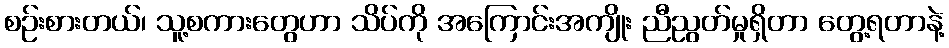
စဉ်းစားတယ်၊ သူ့စကားတွေဟာ သိပ်ကို အကြောင်းအကျိုး ညီညွတ်မှုရှိတာ တွေ့ရတာနဲ့